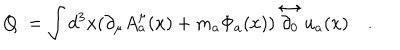
LaTeX: Q : = \int d ^ { 3 } x ( \partial _ { \mu } A _ { a } ^ { \mu } ( x ) + m _ { a } \Phi _ { a } ( x ) ) \stackrel { \leftrightarrow } { \partial _ { 0 } } u _ { a } ( x ) \quad .